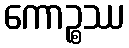
ကောဉ္စဿ